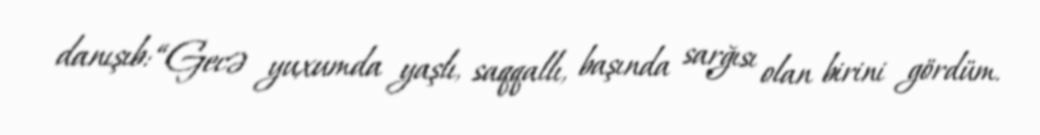
danışıb: “Gecə yuxumda yaşlı, saqqallı, başında sarğısı olan birini gördüm.